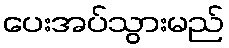
ပေးအပ်သွားမည်